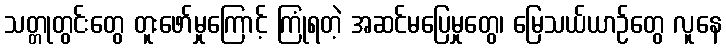
သတ္တုတွင်းတွေ တူးဖော်မှုကြောင့် ကြုံရတဲ့ အဆင်မပြေမှုတွေ၊ မြေသယ်ယာဉ်တွေ လူနေ